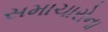
સમાચારોના